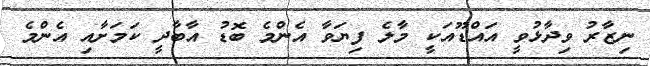
ނިޒާރު ވިދާޅުވީ އައްޑޫއަކީ މާލެ ފިޔަވާ އެންމެ ބޮޑު އާބާދީ ކަމަށާއި އެންމެ